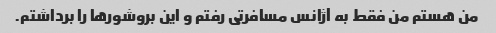
من هستم من فقط به آژانس مسافرتی رفتم و این بروشورها را برداشتم.